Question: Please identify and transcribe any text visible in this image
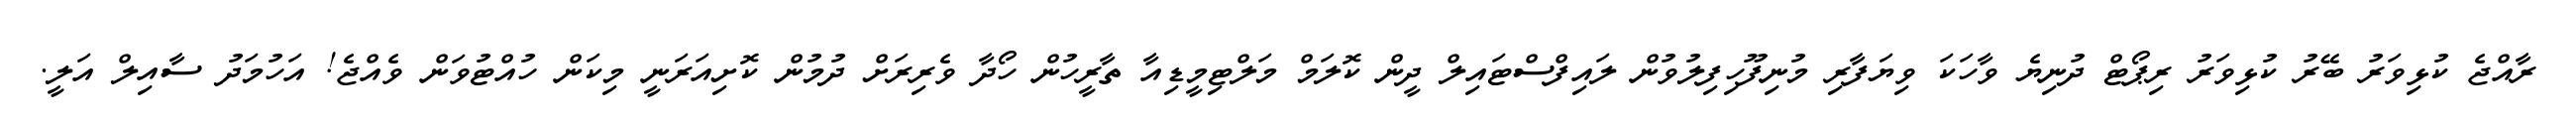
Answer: ރާއްޖެ ކުޅިވަރު ބޭރު ކުޅިވަރު ރިޕޯޓް ދުނިޔެ ވާހަކަ ވިޔަފާރި މުނިފޫހިފިލުވުން ލައިފްސްޓައިލް ދީން ކޮލަމް މަލްޓިމީޑިއާ ތާރީހުން ހޯދާ ވެރިރަށް ދުމުން ކޮށިއަރަނީ މިކަން ހުއްޓުވަން ވެއްޖެ! އަހުމަދު ސާއިލް އަލީ.